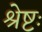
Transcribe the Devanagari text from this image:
श्रेष्टः